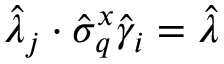
\hat { \lambda } _ { j } \cdot \hat { \sigma } _ { q } ^ { x } \hat { \gamma } _ { i } = \hat { \lambda }